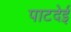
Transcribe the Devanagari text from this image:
पाटदेई